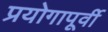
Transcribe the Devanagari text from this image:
प्रयोगापूर्वी